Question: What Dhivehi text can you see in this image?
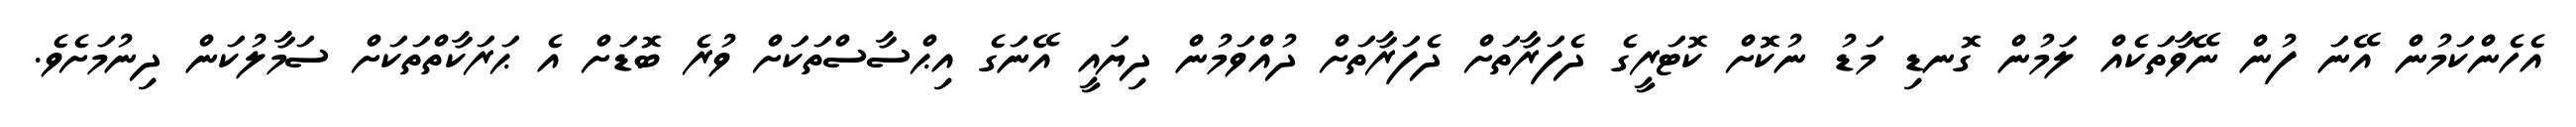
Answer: އެހެންކަމުން އޭނަ ފުން ނޭވާތަކެއް ލަމުން ގޮނޑި މަޑު ނުކޮށް ކޮޓަރީގެ ދެފަރާތަށް ދެފަރާތަށް ދުއްވަމުން ދިޔައީ އޭނަގެ އިޙްސާސްތަކަށް ވުރެ ބޮޑަށް އެ ޙަރަކާތްތަކަށް ސަމާލުކަން ދިނުމަށެވެ.